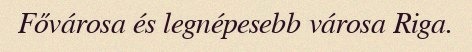
Fővárosa és legnépesebb városa Riga.